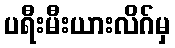
ပရီးမီးယားလိဂ်မှ